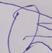
Signature authenticity: forged